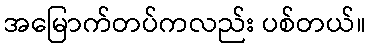
အမြောက်တပ်ကလည်း ပစ်တယ်။